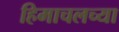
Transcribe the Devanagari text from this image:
हिमाचलच्या